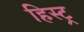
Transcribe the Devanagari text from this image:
हिस्ट्र